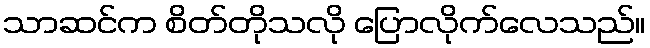
သာဆင်က စိတ်တိုသလို ပြောလိုက်လေသည်။